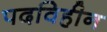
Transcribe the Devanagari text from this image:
पदविहीन